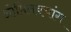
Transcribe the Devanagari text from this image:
ओमिनक्यांग